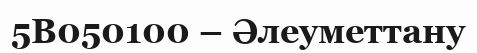
5В050100 – Әлеуметтану